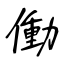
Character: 働